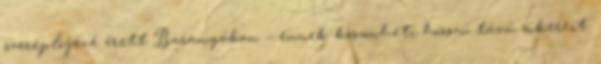
szereplôjévé érett Baranyában – ennek köszönheti hosszú távú sikereit.